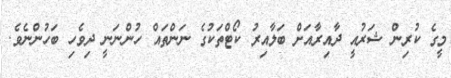
މީގެ ކުރިން ޝަރުއީ ދާއިރާއަށް ބަލާއިރު ކޯޓްތަކުގެ ނަންތައް ހުންނަނީ ދިވެހި ބަހުންނެވެ.